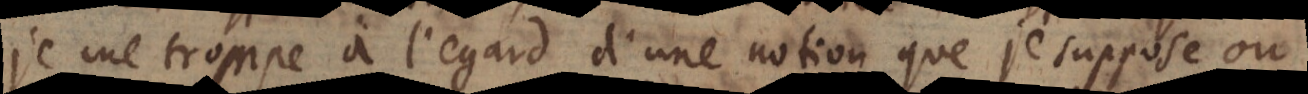
70 − trompe à l’egard d’une notion que je suppose ou